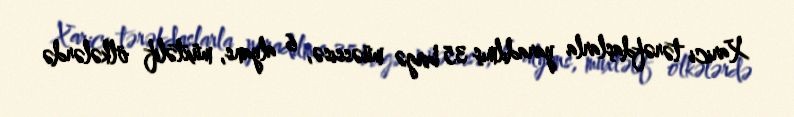
Xarici tərəfdaşlarla yaradılmış 35 birgə müəssisə, 6 alyans, müxtəlif ölkələrdə